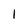
Character: 1